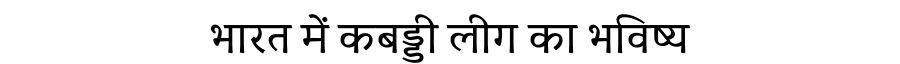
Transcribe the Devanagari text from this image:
भारत में कबड्डी लीग का भविष्य